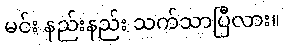
မင်း နည်းနည်း သက်သာပြီလား။